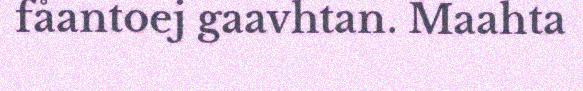
fåantoej gaavhtan. Maahta